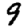
Digit: 9